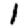
Digit: 1